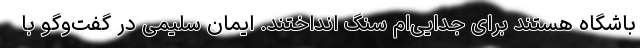
باشگاه هستند برای جدایی‌ام سنگ انداختند. ایمان سلیمی در گفت‌وگو با